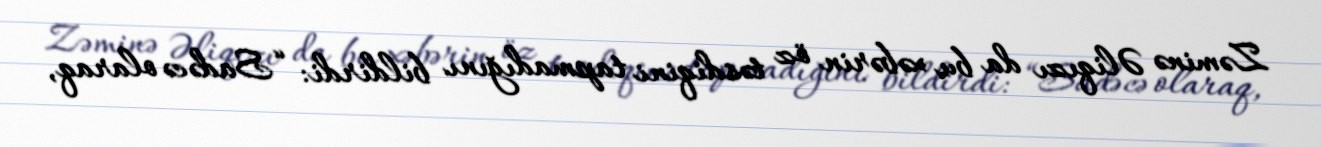
Zəminə Əliqızı da bu xəbərin öz təsdiqini tapmadığını bildirdi: “Sadəcə olaraq,